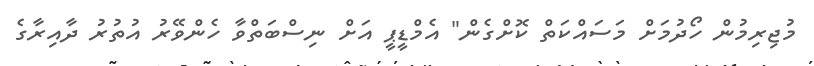
މުޖިރިމުން ހޯދުމަށް މަސައްކަތް ކޮށްގެން" އެމްޑީޕީ އަށް ނިސްބަތްވާ ހެންވޭރު އުތުރު ދާއިރާގެ